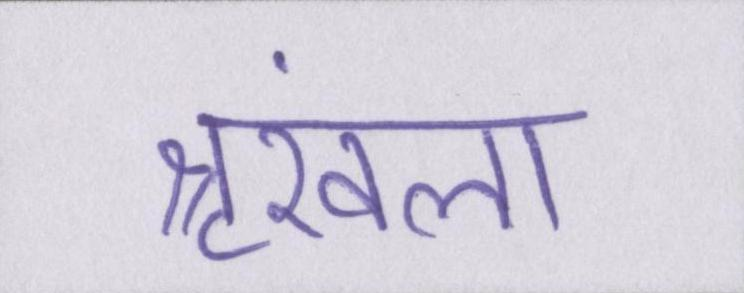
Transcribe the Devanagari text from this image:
श्रृंखला